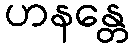
ဟနန္တေ